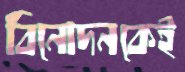
বিনোদনকেই